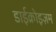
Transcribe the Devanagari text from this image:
डाईक्रोइज़म